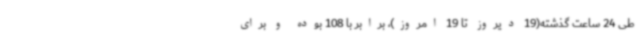
طی 24 ساعت گذشته(19 دیروز تا 19 امروز)، برابر با 108 بوده و برای